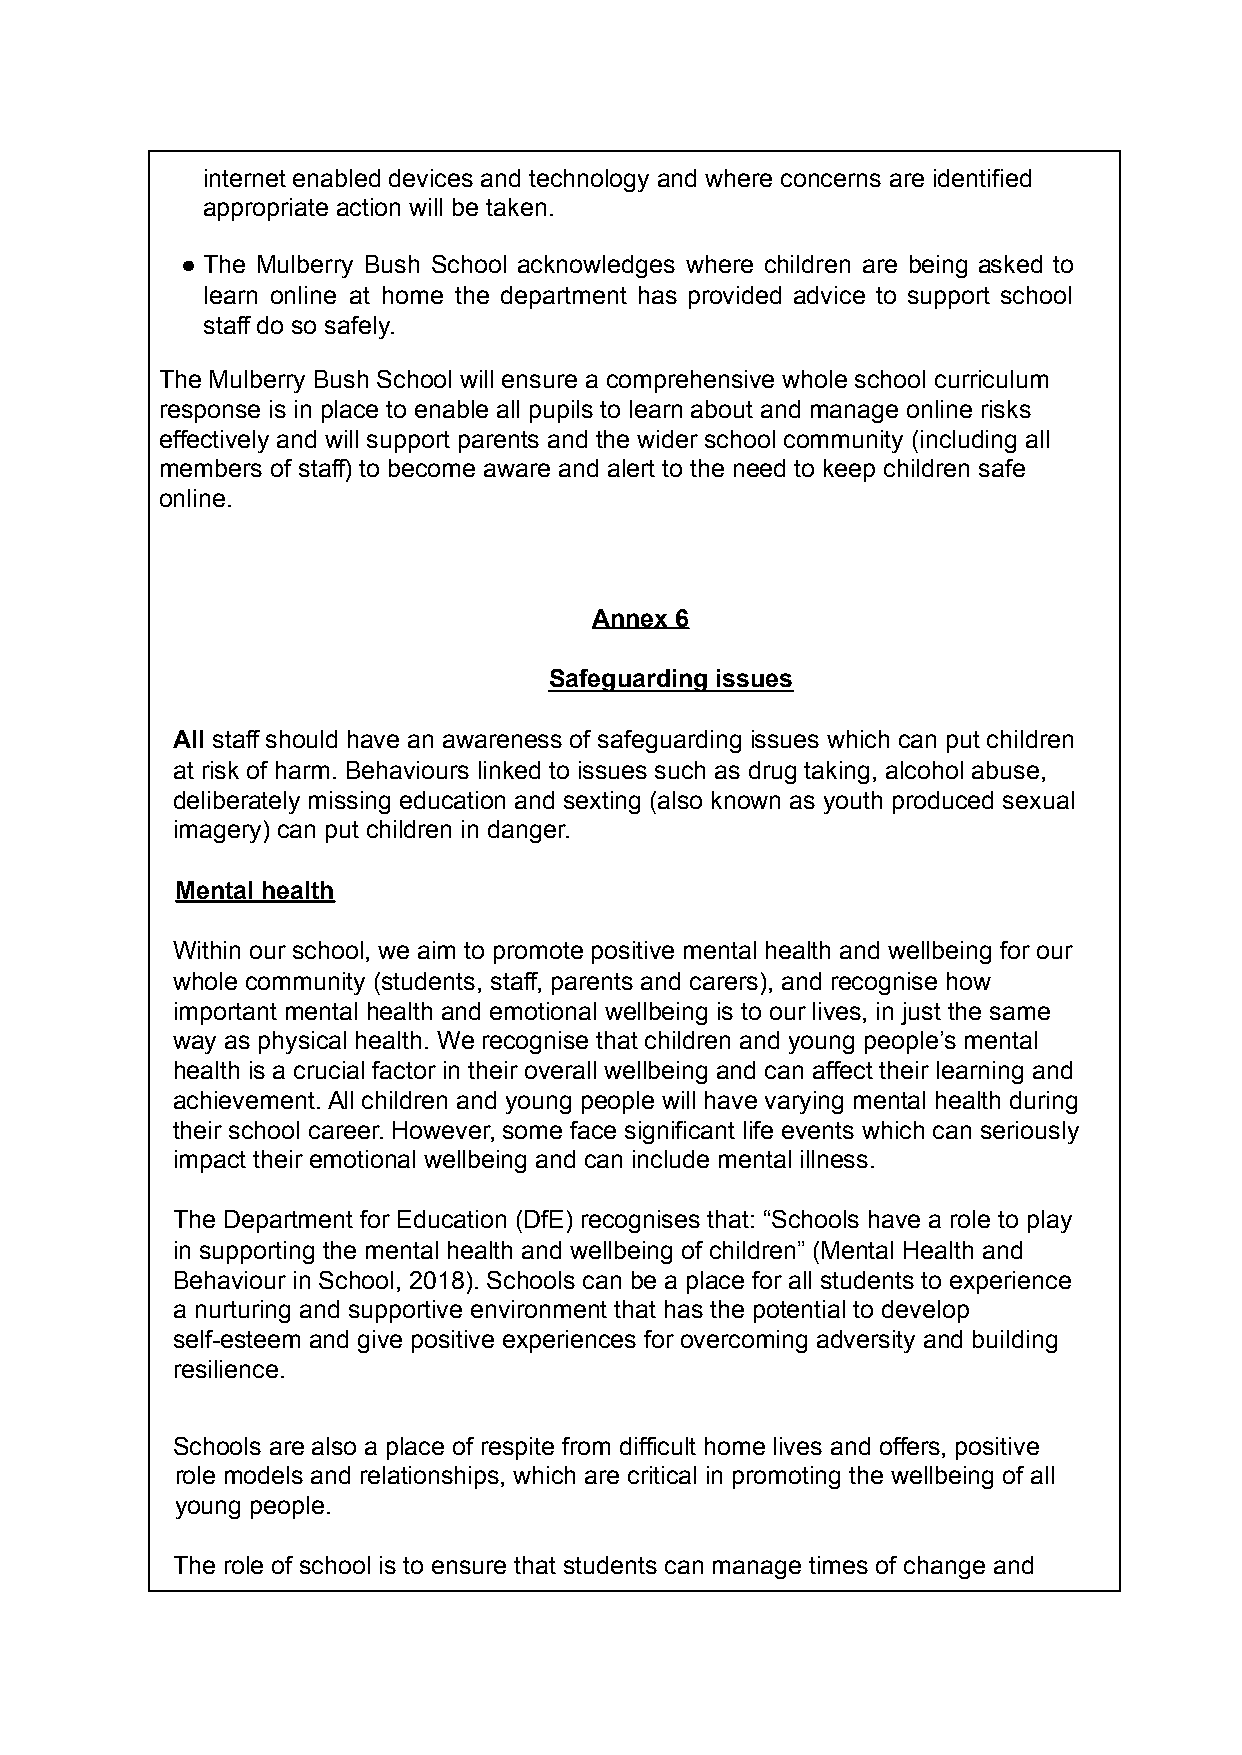
internet enabled devices and technology and where concerns are identified
 appropriate action will be taken.
 ● The Mulberry Bush School acknowledges where children are being asked to
 learn online at home the department has provided advice to support school
 staff do so safely.
 The Mulberry Bush School will ensure a comprehensive whole school curriculum
 response is in place to enable all pupils to learn about and manage online risks
 effectively and will support parents and the wider school community (including all
 members of staff) to become aware and alert to the need to keep children safe
 online.
 Annex 6
 Safeguarding issues
 All staff should have an awareness of safeguarding issues which can put children
 at risk of harm. Behaviours linked to issues such as drug taking, alcohol abuse,
 deliberately missing education and sexting (also known as youth produced sexual
 imagery) can put children in danger.
 Mental health
 Within our school, we aim to promote positive mental health and wellbeing for our
 whole community (students, staff, parents and carers), and recognise how
 important mental health and emotional wellbeing is to our lives, in just the same
 way as physical health. We recognise that children and young people’s mental
 health is a crucial factor in their overall wellbeing and can affect their learning and
 achievement. All children and young people will have varying mental health during
 their school career. However, some face significant life events which can seriously
 impact their emotional wellbeing and can include mental illness.
 The Department for Education (DfE) recognises that: “Schools have a role to play
 in supporting the mental health and wellbeing of children” (Mental Health and
 Behaviour in School, 2018). Schools can be a place for all students to experience
 a nurturing and supportive environment that has the potential to develop
 self-esteem and give positive experiences for overcoming adversity and building
 resilience.
 Schools are also a place of respite from difficult home lives and offers, positive
 role models and relationships, which are critical in promoting the wellbeing of all
 young people.
 The role of school is to ensure that students can manage times of change and